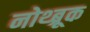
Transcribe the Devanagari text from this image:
नोथ्ब्रूक